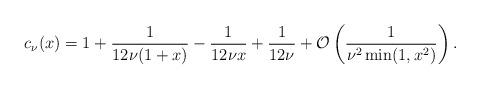
LaTeX: \begin{align*}c_\nu(x)=1+\frac{1}{12\nu(1+x)}-\frac{1}{12\nu x}+\frac{1}{12\nu} + \mathcal{O}\left(\frac{1}{\nu^2 \min(1,x^2)}\right).\end{align*}